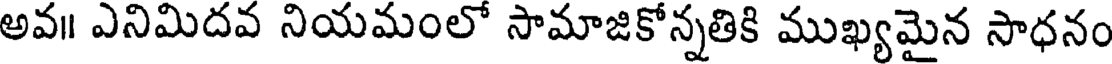
అవ॥ ఎనిమిదవ నియమంలో సామాజికోన్నతికి ముఖ్యమైన సాధనం